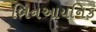
બિનઆયનિક